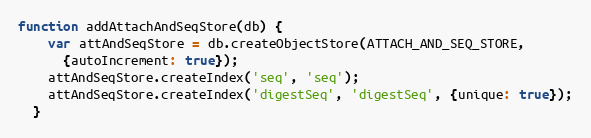
Language: JavaScript
function addAttachAndSeqStore(db) {
    var attAndSeqStore = db.createObjectStore(ATTACH_AND_SEQ_STORE,
      {autoIncrement: true});
    attAndSeqStore.createIndex('seq', 'seq');
    attAndSeqStore.createIndex('digestSeq', 'digestSeq', {unique: true});
  }